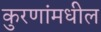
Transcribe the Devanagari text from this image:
कुरणांमधील